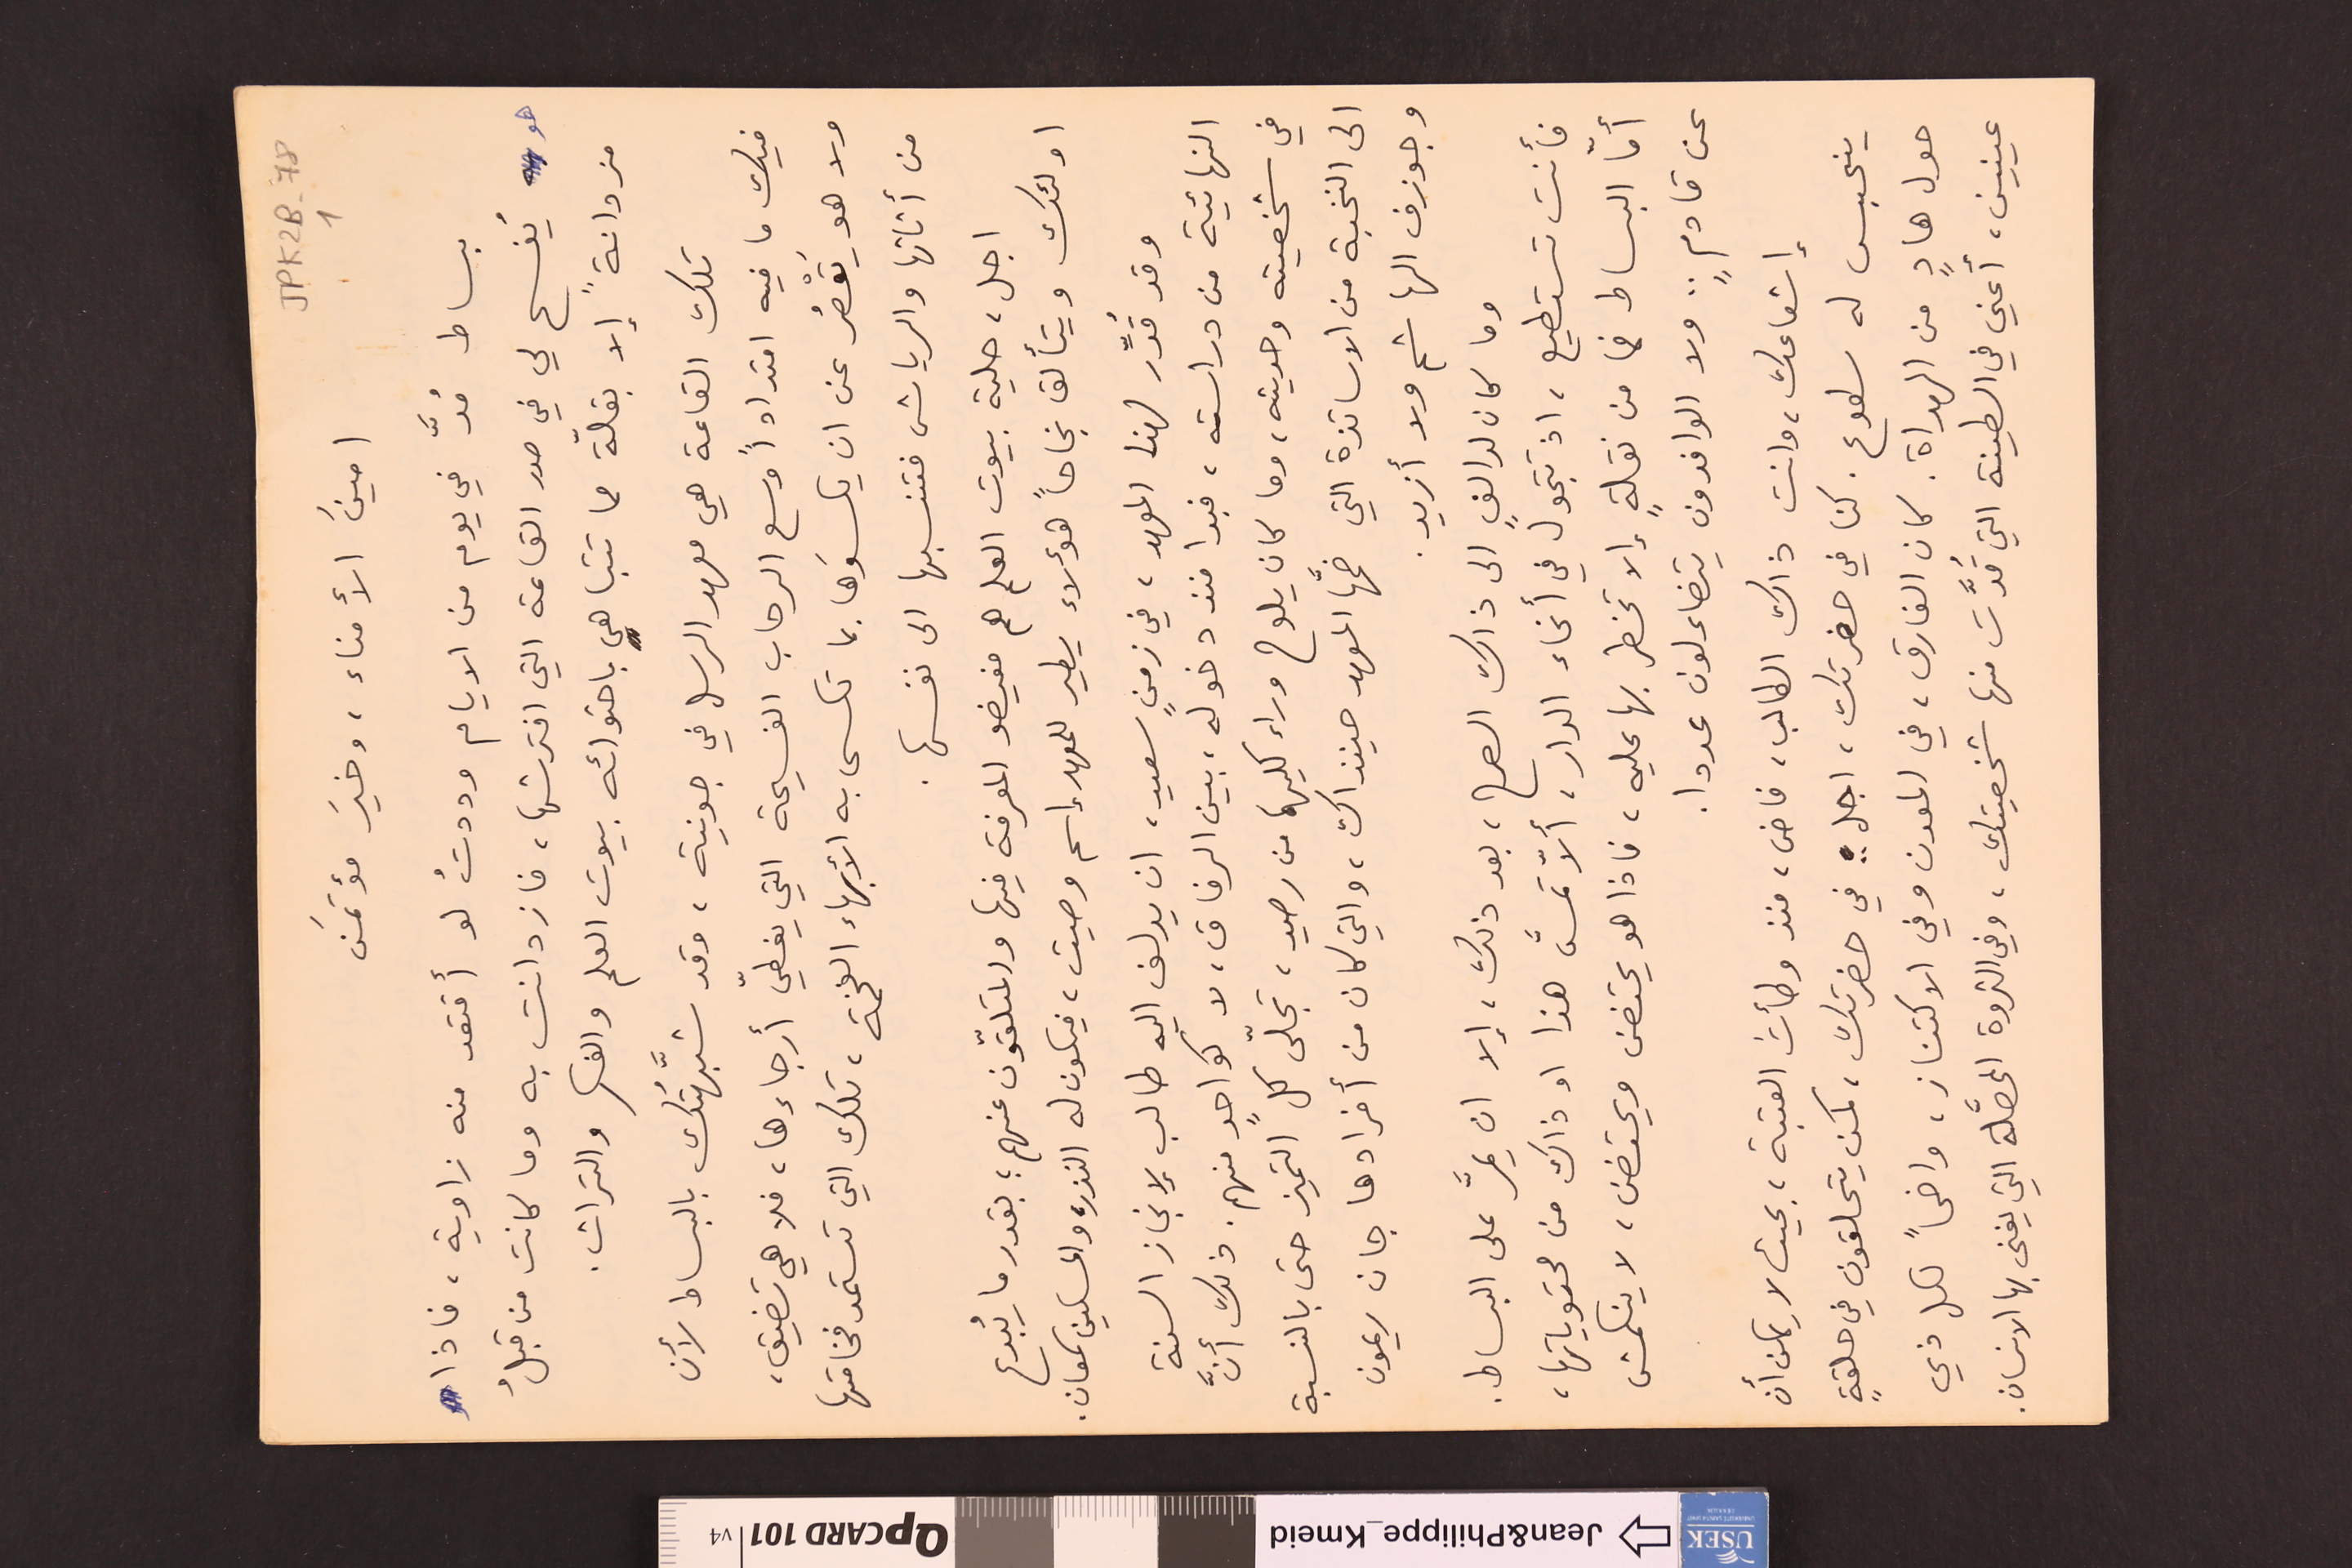
JPK2B-78			1
امينَ الأمناء، وخيرَ مؤتمنَ
بساط مُدَّ في يوم من الايام وددتُ لو أقتعد منه زاوية، فاذا
هو يُفسح لي في صدر القاعة التي افترشها، فازدانت به وما كانت من قبلُ
مزدانةً إلا بقلّة مما تتباهى باحتوائه بيوت العلم والفكر والتراث.
تلك القاعة هي معهد الرسل في جونية، وقد شبَّهتُك بالبساط لأن
فيك ما فيه امتداداً وسع الرحاب الفسيحة التي يغطيّ أرجاءها، فلا هي تضيق،
ولا هو يَقْصُر عن ان يكسوَها بما تكسى به الأبهاء الفخمة، تلك التي تستمد فخامتها
من أثاثها والرياش فتنسبها الى نفسها.
اجل، حلية بيوت العلم هم مفيضو المعرفة فيها والمتلقّون عنهم ؛ بقدر ما يُبدع
اولئك ويتألق نجاحاً هؤلاء يطير للمعهد إسم وصيت، فيكون له النذر، والمسكين سمعان.
وقد قُدِّر لهذا المعهد، في زمنٍ سعيد، ان يدلف اليه طالب لإنجاز السنة
النهائية من دراسته، فبدا منذ دخوله، بين الرفاق، لا كواحدٍ منهم. ذلك أنَّ
في شخصيته وحديثه، وما كان يلوح وراء كليهما من رصيد، تجلّى كل التميز حتى بالنسبة
الى النخبة من الاساتذة التي ضمَّها المعهد حينذاك، والتي كان من أفرادها جان ريمون
وجوزف الهاشم ولا أزيد.
وما كان لدالفٍ الى ذاك الصرح، بعد ذلك، إلا ان يمرَّ على البساط.
فأنت تستطيع، اذ تتجول في أنحاء الدار، ألاّ تمسَّ هذا او ذاك من محتوياتها،
أمّا البساط فما من نقلةٍ إلا تخطر بها عليه، فاذا هو يحتضن ويحتضن، لا ينكمش
عن قادمٍ .. ولا الوافدون يتضائلون عددا.
إشعاعك، وانت ذاك الطالب، فاض، منذ وطأتَ العتبة، بحيث لا يمكن أن
ينحبس له سطوع. كنا في حضرتك، اجل .. في حضرتك، كمن يتحلقون في حلقةٍ
حول هادٍ من الهداة. كان الفارق، في المعدن وفي الاكتناز، واضحاً لكل ذي
عينين، أعني في الطينة التي قُدَّت منها شخصيتك، وفي الثروة المحصَّلة التي يغنى بها الانسان.